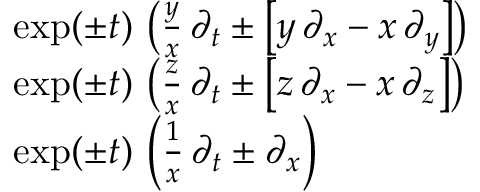
{ \begin{array} { r l } & { \exp ( \pm t ) \, \left( { \frac { y } { x } } \, \partial _ { t } \pm \left[ y \, \partial _ { x } - x \, \partial _ { y } \right] \right) } \\ & { \exp ( \pm t ) \, \left( { \frac { z } { x } } \, \partial _ { t } \pm \left[ z \, \partial _ { x } - x \, \partial _ { z } \right] \right) } \\ & { \exp ( \pm t ) \, \left( { \frac { 1 } { x } } \, \partial _ { t } \pm \partial _ { x } \right) } \end{array} }